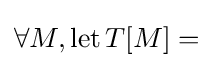
\forall M,\operatorname {let} T[M]=